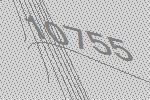
10755